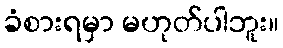
ခံစားရမှာ မဟုတ်ပါဘူး။